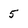
Character: 5